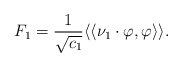
\begin{align*}F_1= \frac{1}{\sqrt{c_1}}\langle\langle \nu_1 \cdot \varphi , \varphi \rangle\rangle.\end{align*}